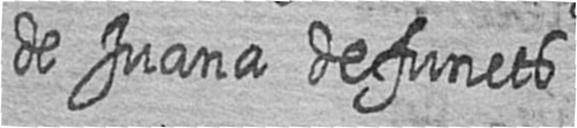
de Juana defuncts